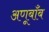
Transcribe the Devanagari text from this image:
अणूबाँब